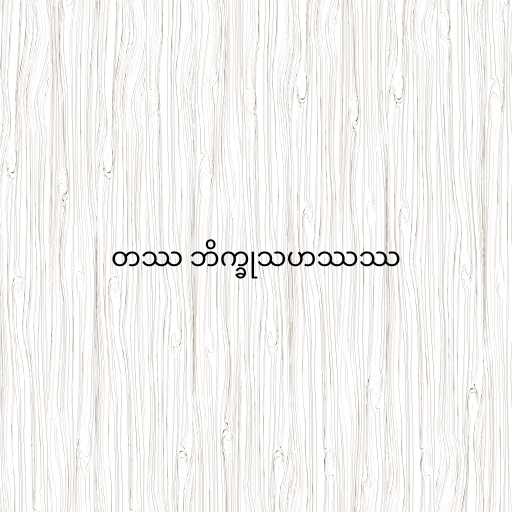
တဿ ဘိက္ခုသဟဿဿ